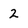
Character: 2